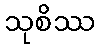
သုစိဿ